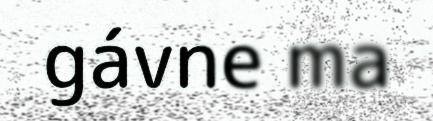
gávne ma